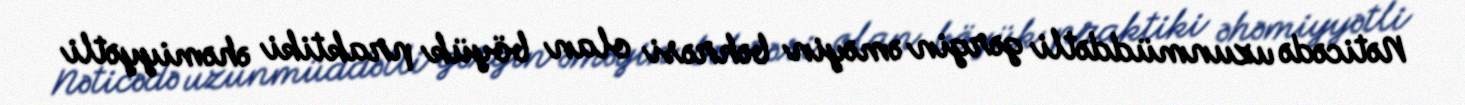
Nəticədə uzunmüddətli gərgin əməyin bəhrəsi olan böyük praktiki əhəmiyyətli